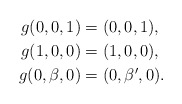
\begin{align*} g(0,0,1) & = (0,0,1),\\ g(1,0,0) & = (1,0,0),\\ g(0,\beta,0) & = (0, \beta',0). \end{align*}